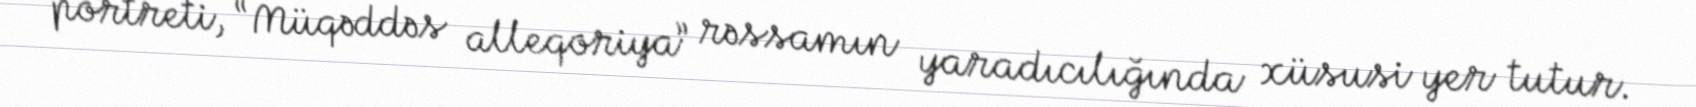
portreti, “Müqəddəs alleqoriya” rəssamın yaradıcılığında xüsusi yer tutur.